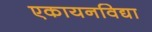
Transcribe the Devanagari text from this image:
एकायनविद्या